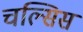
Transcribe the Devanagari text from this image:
चल्सिस